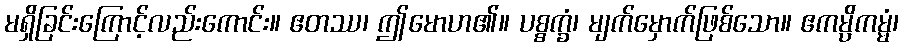
မရှိခြင်းကြောင့်လည်းကောင်း။ ဧတဿ၊ ဤမောဟ၏။ ပစ္စက္ခံ၊ မျက်မှောက်ဖြစ်သော။ ဧကမ္ပိကမ္မံ၊